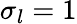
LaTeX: \sigma_{l}=1